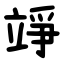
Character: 竫